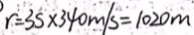
r = 3 s \times 3 4 0 m / s = 1 0 2 0 m